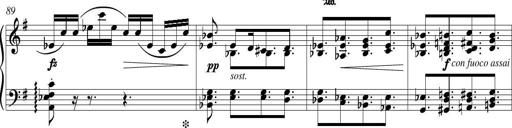
Title: Piano Sonatina in G major
Composer: Johan Peter Emilius Hartmann
Key: G major